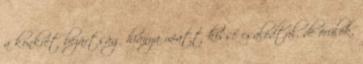
a konkrét bezártság hiánya miatt kissé csalódtál, de örülök,